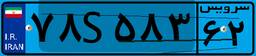
۹۳S۲۶۷۰۳